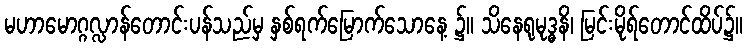
မဟာမောဂ္ဂလ္လာန်တောင်းပန်သည်မှ နှစ်ရက်မြောက်သောနေ့ ၌။ သိနေရုမုဒ္ဓနိ၊ မြင်းမိုရ်တောင်ထိပ်၌။